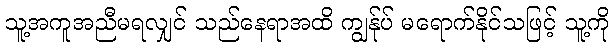
သူ့အကူအညီမရလျှင် သည်နေရာအထိ ကျွန်ုပ် မရောက်နိုင်သဖြင့် သူ့ကို